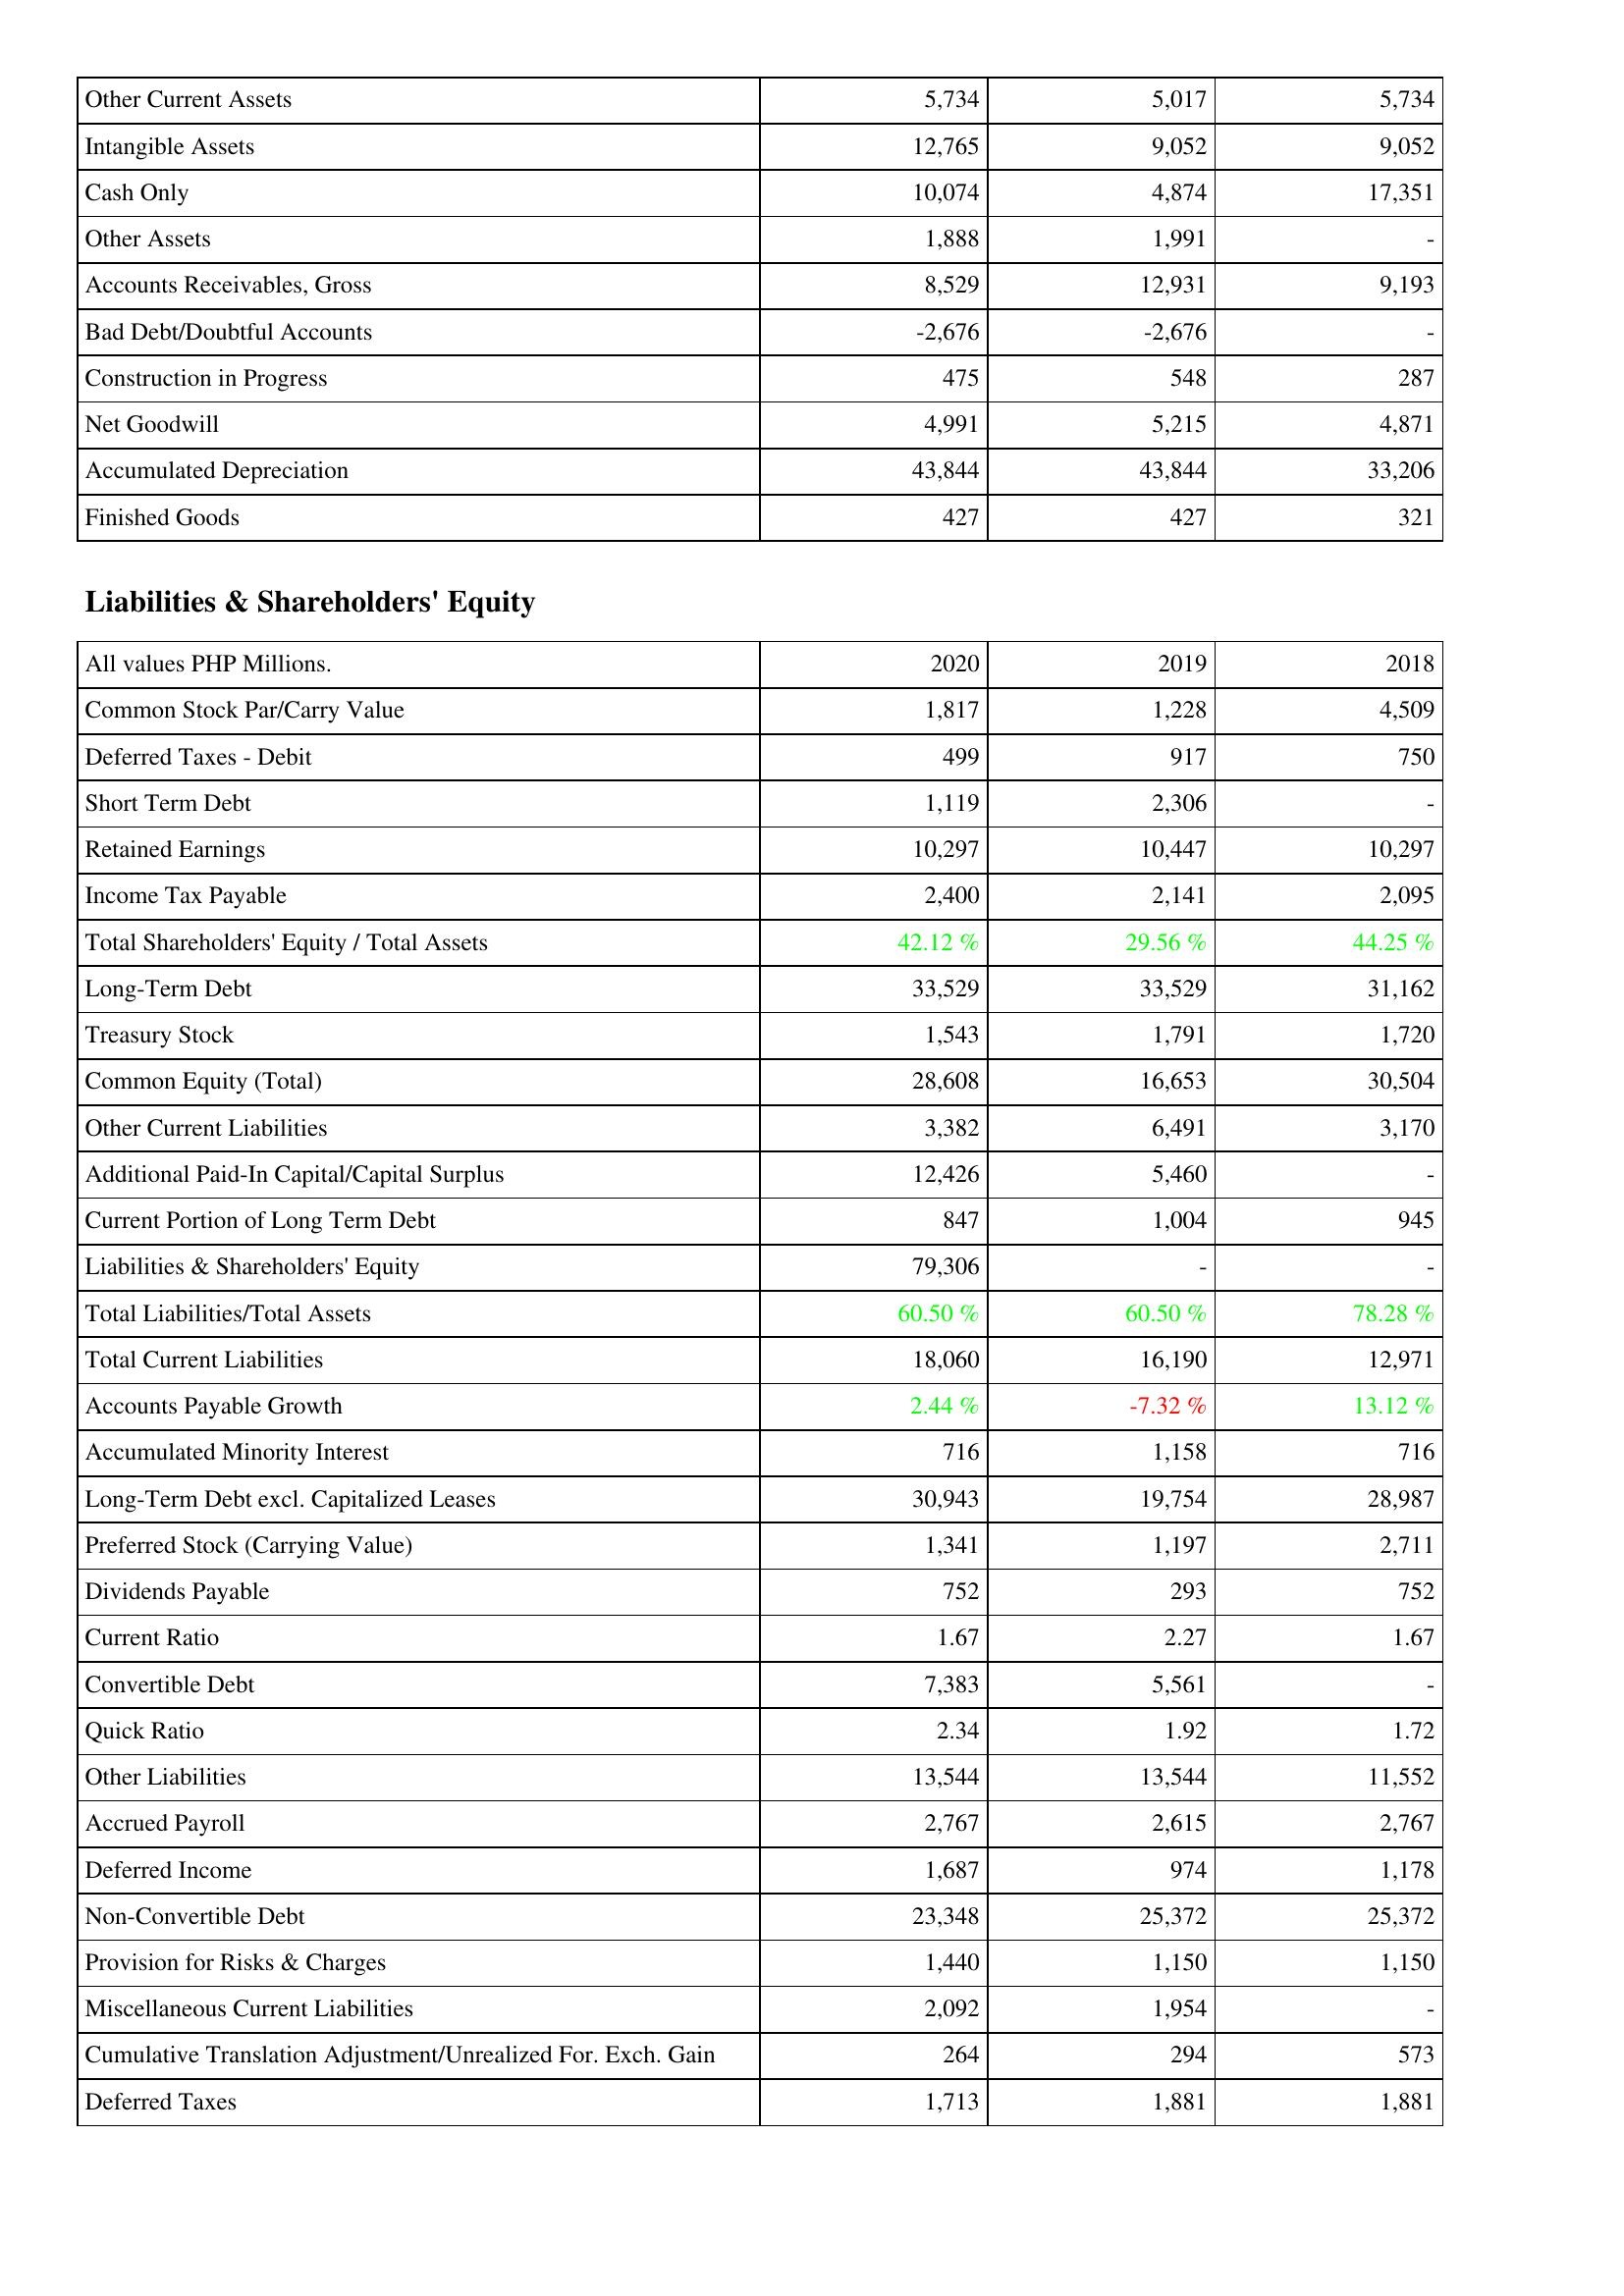
2020: Assets: Other Current Assets: 5,734
Intangible Assets: 12,765
Cash Only: 10,074
Other Assets: 1,888
Accounts Receivables, Gross: 8,529
Bad Debt/Doubtful Accounts: -2,676
Construction in Progress: 475
Net Goodwill: 4,991
Accumulated Depreciation: 43,844
Finished Goods: 427
Liabilities & Shareholders' Equity: Common Stock Par/Carry Value: 1,817
Deferred Taxes - Debit: 499
Short Term Debt: 1,119
Retained Earnings: 10,297
Income Tax Payable: 2,400
Total Shareholders' Equity / Total Assets: 42.12 %
Long-Term Debt: 33,529
Treasury Stock: 1,543
Common Equity (Total): 28,608
Other Current Liabilities: 3,382
Additional Paid-In Capital/Capital Surplus: 12,426
Current Portion of Long Term Debt: 847
Liabilities & Shareholders' Equity: 79,306
Total Liabilities/Total Assets: 60.50 %
Total Current Liabilities: 18,060
Accounts Payable Growth: 2.44 %
Accumulated Minority Interest: 716
Long-Term Debt excl. Capitalized Leases: 30,943
Preferred Stock (Carrying Value): 1,341
Dividends Payable: 752
Current Ratio: 1.67
Convertible Debt: 7,383
Quick Ratio: 2.34
Other Liabilities: 13,544
Accrued Payroll: 2,767
Deferred Income: 1,687
Non-Convertible Debt: 23,348
Provision for Risks & Charges: 1,440
Miscellaneous Current Liabilities: 2,092
Cumulative Translation Adjustment/Unrealized For. Exch. Gain: 264
Deferred Taxes: 1,713
2019: Assets: Other Current Assets: 5,017
Intangible Assets: 9,052
Cash Only: 4,874
Other Assets: 1,991
Accounts Receivables, Gross: 12,931
Bad Debt/Doubtful Accounts: -2,676
Construction in Progress: 548
Net Goodwill: 5,215
Accumulated Depreciation: 43,844
Finished Goods: 427
Liabilities & Shareholders' Equity: Common Stock Par/Carry Value: 1,228
Deferred Taxes - Debit: 917
Short Term Debt: 2,306
Retained Earnings: 10,447
Income Tax Payable: 2,141
Total Shareholders' Equity / Total Assets: 29.56 %
Long-Term Debt: 33,529
Treasury Stock: 1,791
Common Equity (Total): 16,653
Other Current Liabilities: 6,491
Additional Paid-In Capital/Capital Surplus: 5,460
Current Portion of Long Term Debt: 1,004
Liabilities & Shareholders' Equity: -
Total Liabilities/Total Assets: 60.50 %
Total Current Liabilities: 16,190
Accounts Payable Growth: -7.32 %
Accumulated Minority Interest: 1,158
Long-Term Debt excl. Capitalized Leases: 19,754
Preferred Stock (Carrying Value): 1,197
Dividends Payable: 293
Current Ratio: 2.27
Convertible Debt: 5,561
Quick Ratio: 1.92
Other Liabilities: 13,544
Accrued Payroll: 2,615
Deferred Income: 974
Non-Convertible Debt: 25,372
Provision for Risks & Charges: 1,150
Miscellaneous Current Liabilities: 1,954
Cumulative Translation Adjustment/Unrealized For. Exch. Gain: 294
Deferred Taxes: 1,881
2018: Assets: Other Current Assets: 5,734
Intangible Assets: 9,052
Cash Only: 17,351
Other Assets: -
Accounts Receivables, Gross: 9,193
Bad Debt/Doubtful Accounts: -
Construction in Progress: 287
Net Goodwill: 4,871
Accumulated Depreciation: 33,206
Finished Goods: 321
Liabilities & Shareholders' Equity: Common Stock Par/Carry Value: 4,509
Deferred Taxes - Debit: 750
Short Term Debt: -
Retained Earnings: 10,297
Income Tax Payable: 2,095
Total Shareholders' Equity / Total Assets: 44.25 %
Long-Term Debt: 31,162
Treasury Stock: 1,720
Common Equity (Total): 30,504
Other Current Liabilities: 3,170
Additional Paid-In Capital/Capital Surplus: -
Current Portion of Long Term Debt: 945
Liabilities & Shareholders' Equity: -
Total Liabilities/Total Assets: 78.28 %
Total Current Liabilities: 12,971
Accounts Payable Growth: 13.12 %
Accumulated Minority Interest: 716
Long-Term Debt excl. Capitalized Leases: 28,987
Preferred Stock (Carrying Value): 2,711
Dividends Payable: 752
Current Ratio: 1.67
Convertible Debt: -
Quick Ratio: 1.72
Other Liabilities: 11,552
Accrued Payroll: 2,767
Deferred Income: 1,178
Non-Convertible Debt: 25,372
Provision for Risks & Charges: 1,150
Miscellaneous Current Liabilities: -
Cumulative Translation Adjustment/Unrealized For. Exch. Gain: 573
Deferred Taxes: 1,881